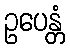
ဥပေန္တံ